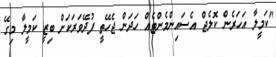
"ކަމީލާ އަހަރެން ކޮލެޖް އެސައިންމެންޓެއް ހަދަން ޖެހޭތީ ފުދޭވަރަކަށް ބިޒީ ކަމީލާ މިގޭ